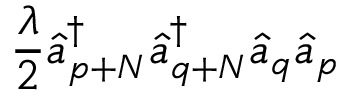
\frac { \lambda } { 2 } \hat { a } _ { p + N } ^ { \dagger } \hat { a } _ { q + N } ^ { \dagger } \hat { a } _ { q } \hat { a } _ { p }